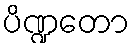
ပိဏ္ဍတော